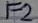
Text: F2